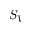
S _ { V }